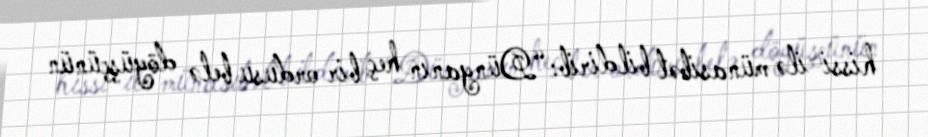
hissi ilə münasibət bildirib: “Dünyanın heç bir ordusu belə döyüşçünün